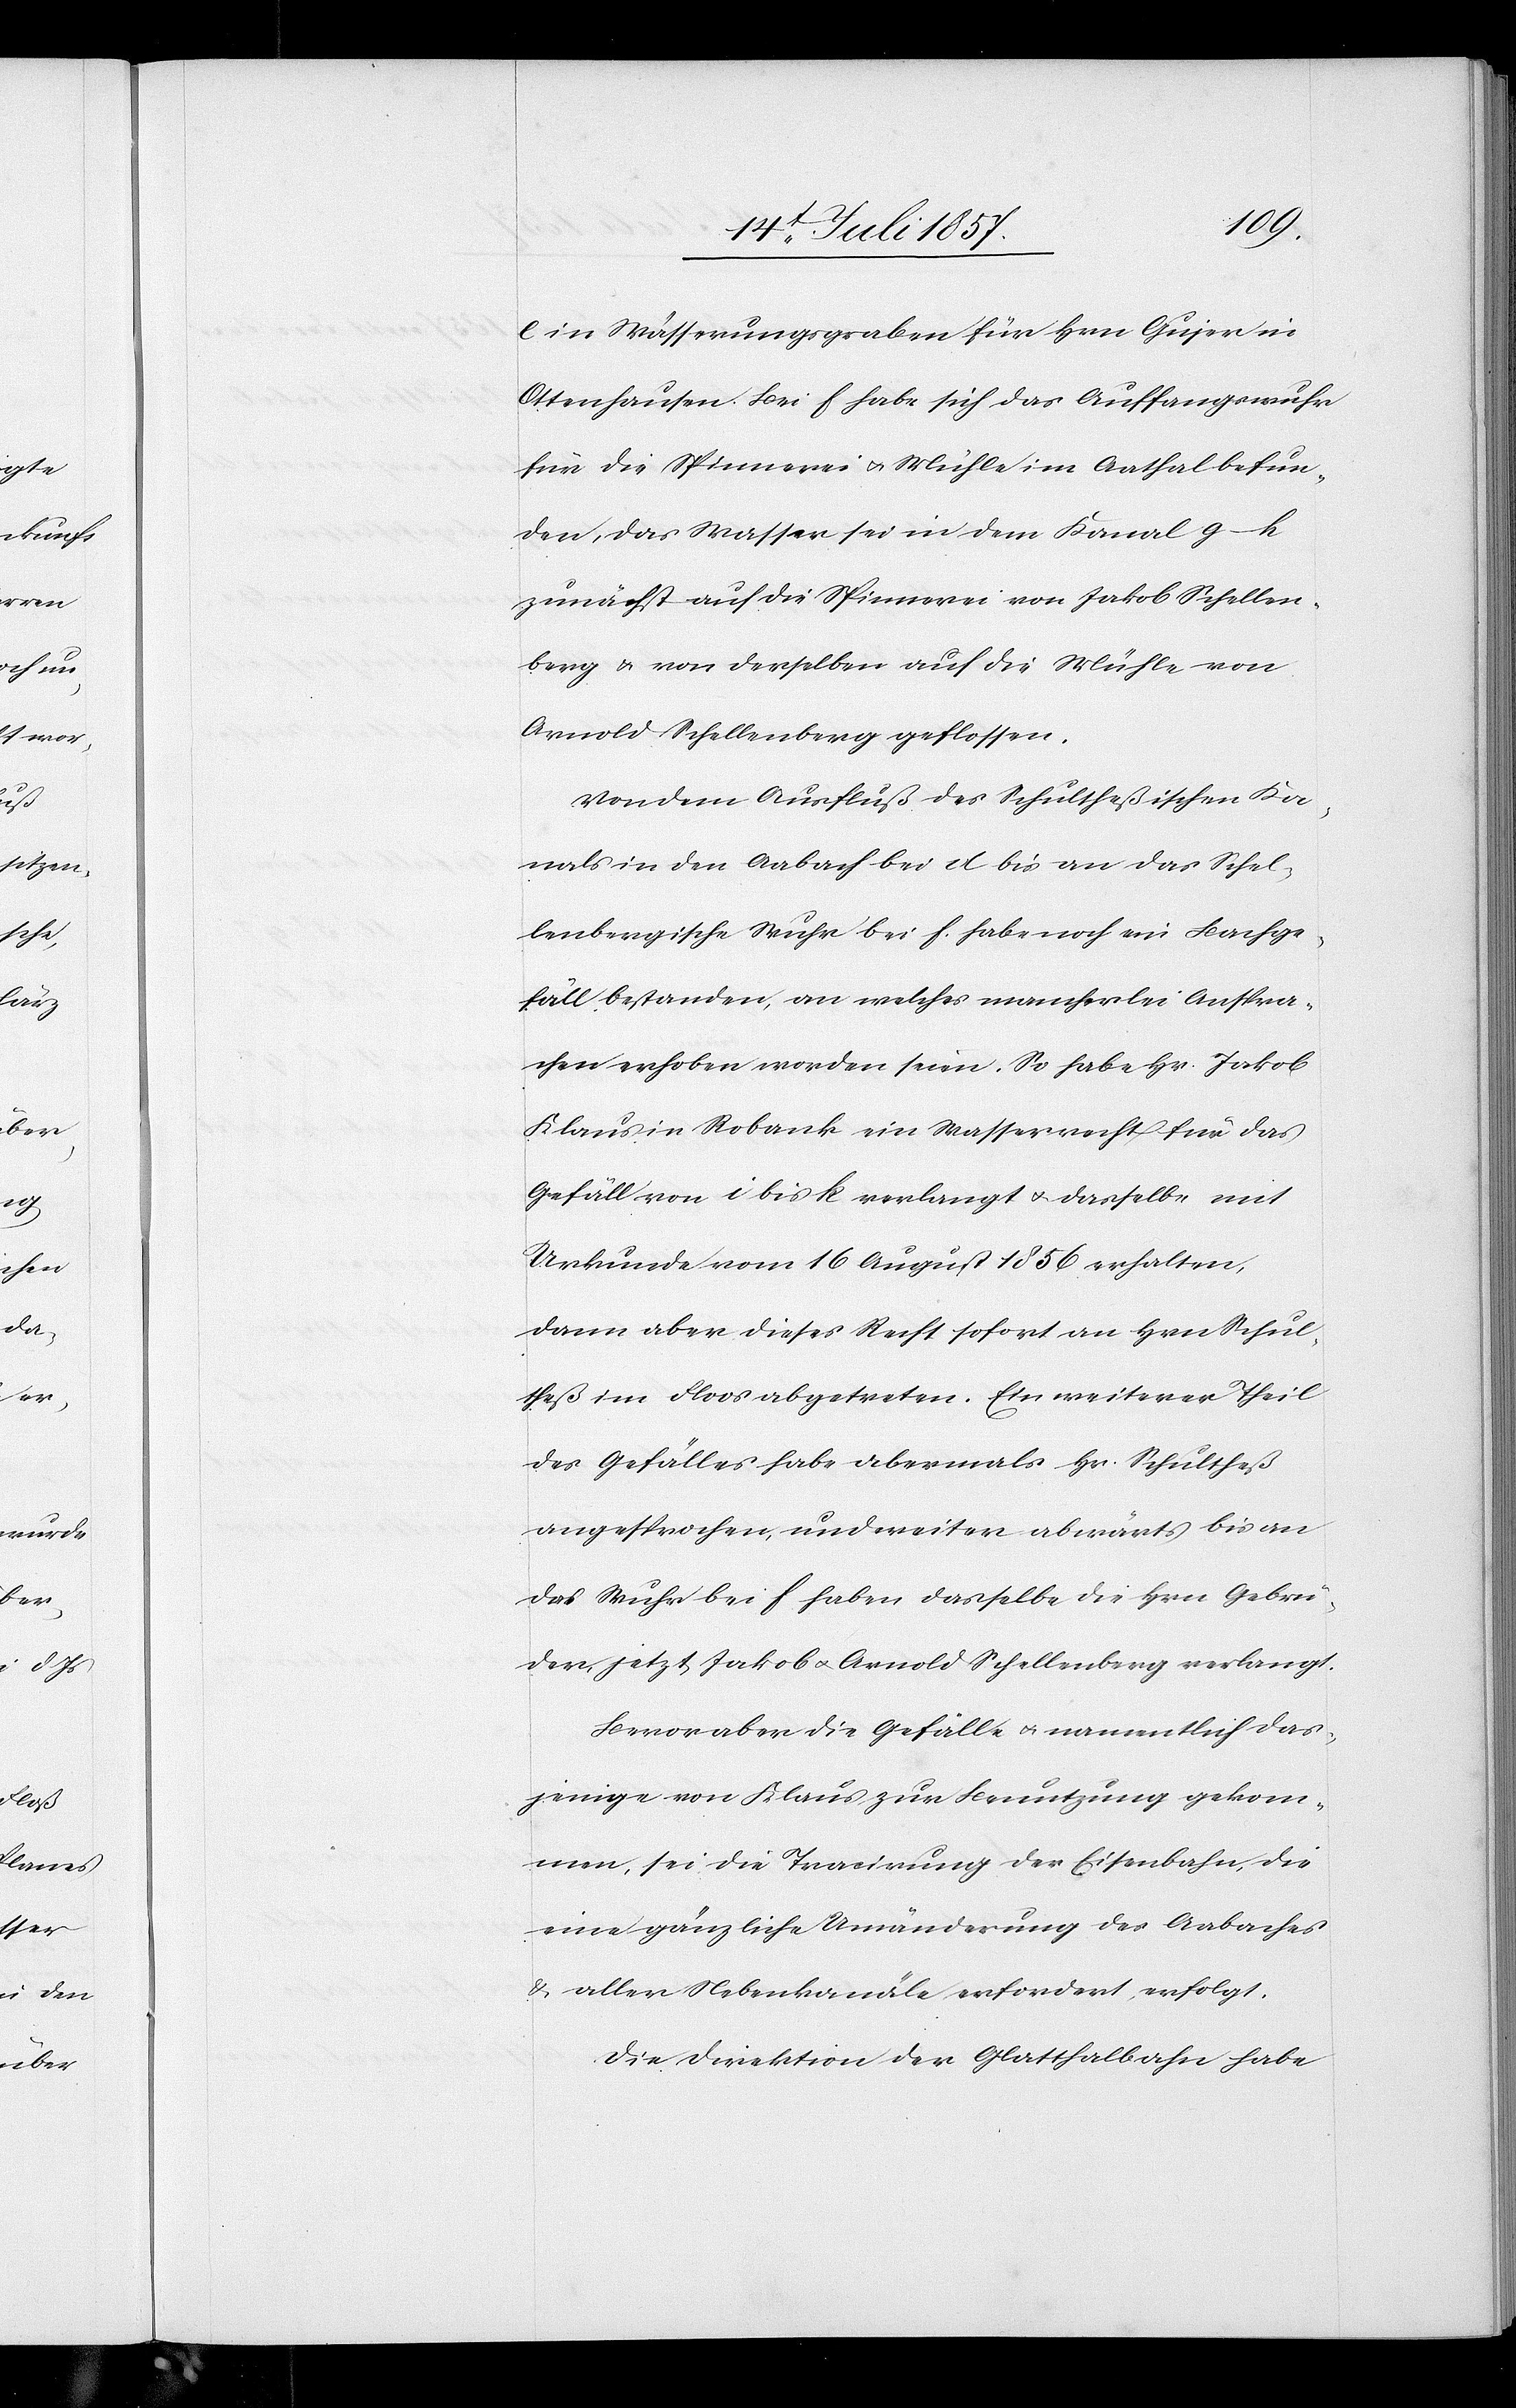
e in Wässerungsgraben für Hrn. Gujer in
Ottenhausen. Bei f habe sich das Auffangswuhr
für die Spinnerei & Mühle im Aathal befun¬
den, das Wasser sei in dem Kanal g–h
zunächst auf die Spinnerei von Jakob Schellen¬
berg & von derselben auf die Mühle von
Arnold Schellenberg geflossen.
Von dem Ausfluß des Schultheßischen Ka¬
nals in den Aabach bei d bis an das Schel¬
lenbergische Wuhr bei f. habe noch ein Bachge¬
fäll bestanden, an welches mancherlei Anspra¬
chen erhoben worden seien. So habe Hr. Jakob
Klaus in Robank ein Wasserrecht für das
Gefäll von i bis k verlangt & dasselbe mit
Urkunde vom 16 August 1856 erhalten,
dann aber dieses Recht sofort an Hrn. Schul¬
theß im Floos abgetreten. Ein weiterer Theil
des Gefälles habe abermals Hr. Schultheß
angesprochen, und weiter abwärts bis an
das Wuhr bei f haben dasselbe die Hrn. Gebrü¬
der jetzt Jakob & Arnold Schellenberg verlangt.
Bevor aber die Gefälle & namentlich das¬
jenige von Klaus zur Benutzung gekom¬
men, sei die Tracirung der Eisenbahn, die
eine gänzliche Umänderung des Aabaches
& aller Nebenkanäle erfordert, erfolgt.
Die Direktion der Glatthalbahn habe